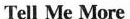
Tell Me More